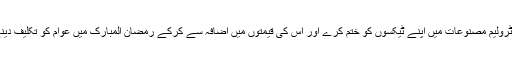
اس لیے حکومت پٹرولیم مصنوعات میں اپنے ٹیکسوں کو ختم کرے اور اس کی قیمتوں میں اضافہ سے کرکے رمضان المبارک میں عوام کو تکلیف دینے سے باز رہے ۔